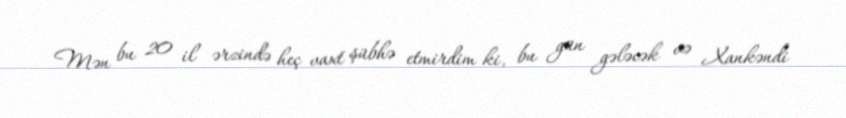
Mən bu 20 il ərzində heç vaxt şübhə etmirdim ki, bu gün gələcək və Xankəndi